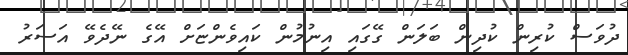
ދުވަސް ކުރިން ކުދިން ބަލަން ގޭގައި އިނުމުން ކައިވެންޏަށް އޭގެ ނޭދެވޭ އަސަރު